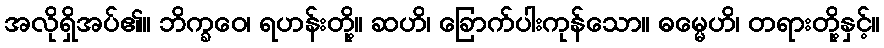
အလိုရှိအပ်၏။ ဘိက္ခဝေ၊ ရဟန်းတို့။ ဆဟိ၊ ခြောက်ပါးကုန်သော။ ဓမ္မေဟိ၊ တရားတို့နှင့်။